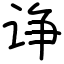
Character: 诤